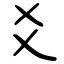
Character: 爻